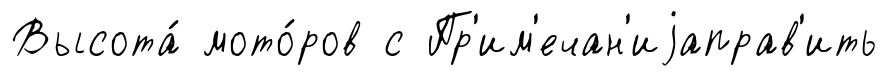
Высота́ мото́ров с Пр'им'ечан'иjаправ'ить